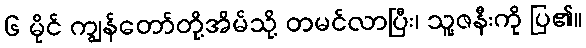
၆ မိုင် ကျွန်တော်တို့အိမ်သို့ တမင်လာပြီး၊ သူ့ဇနီးကို ပြ၏။